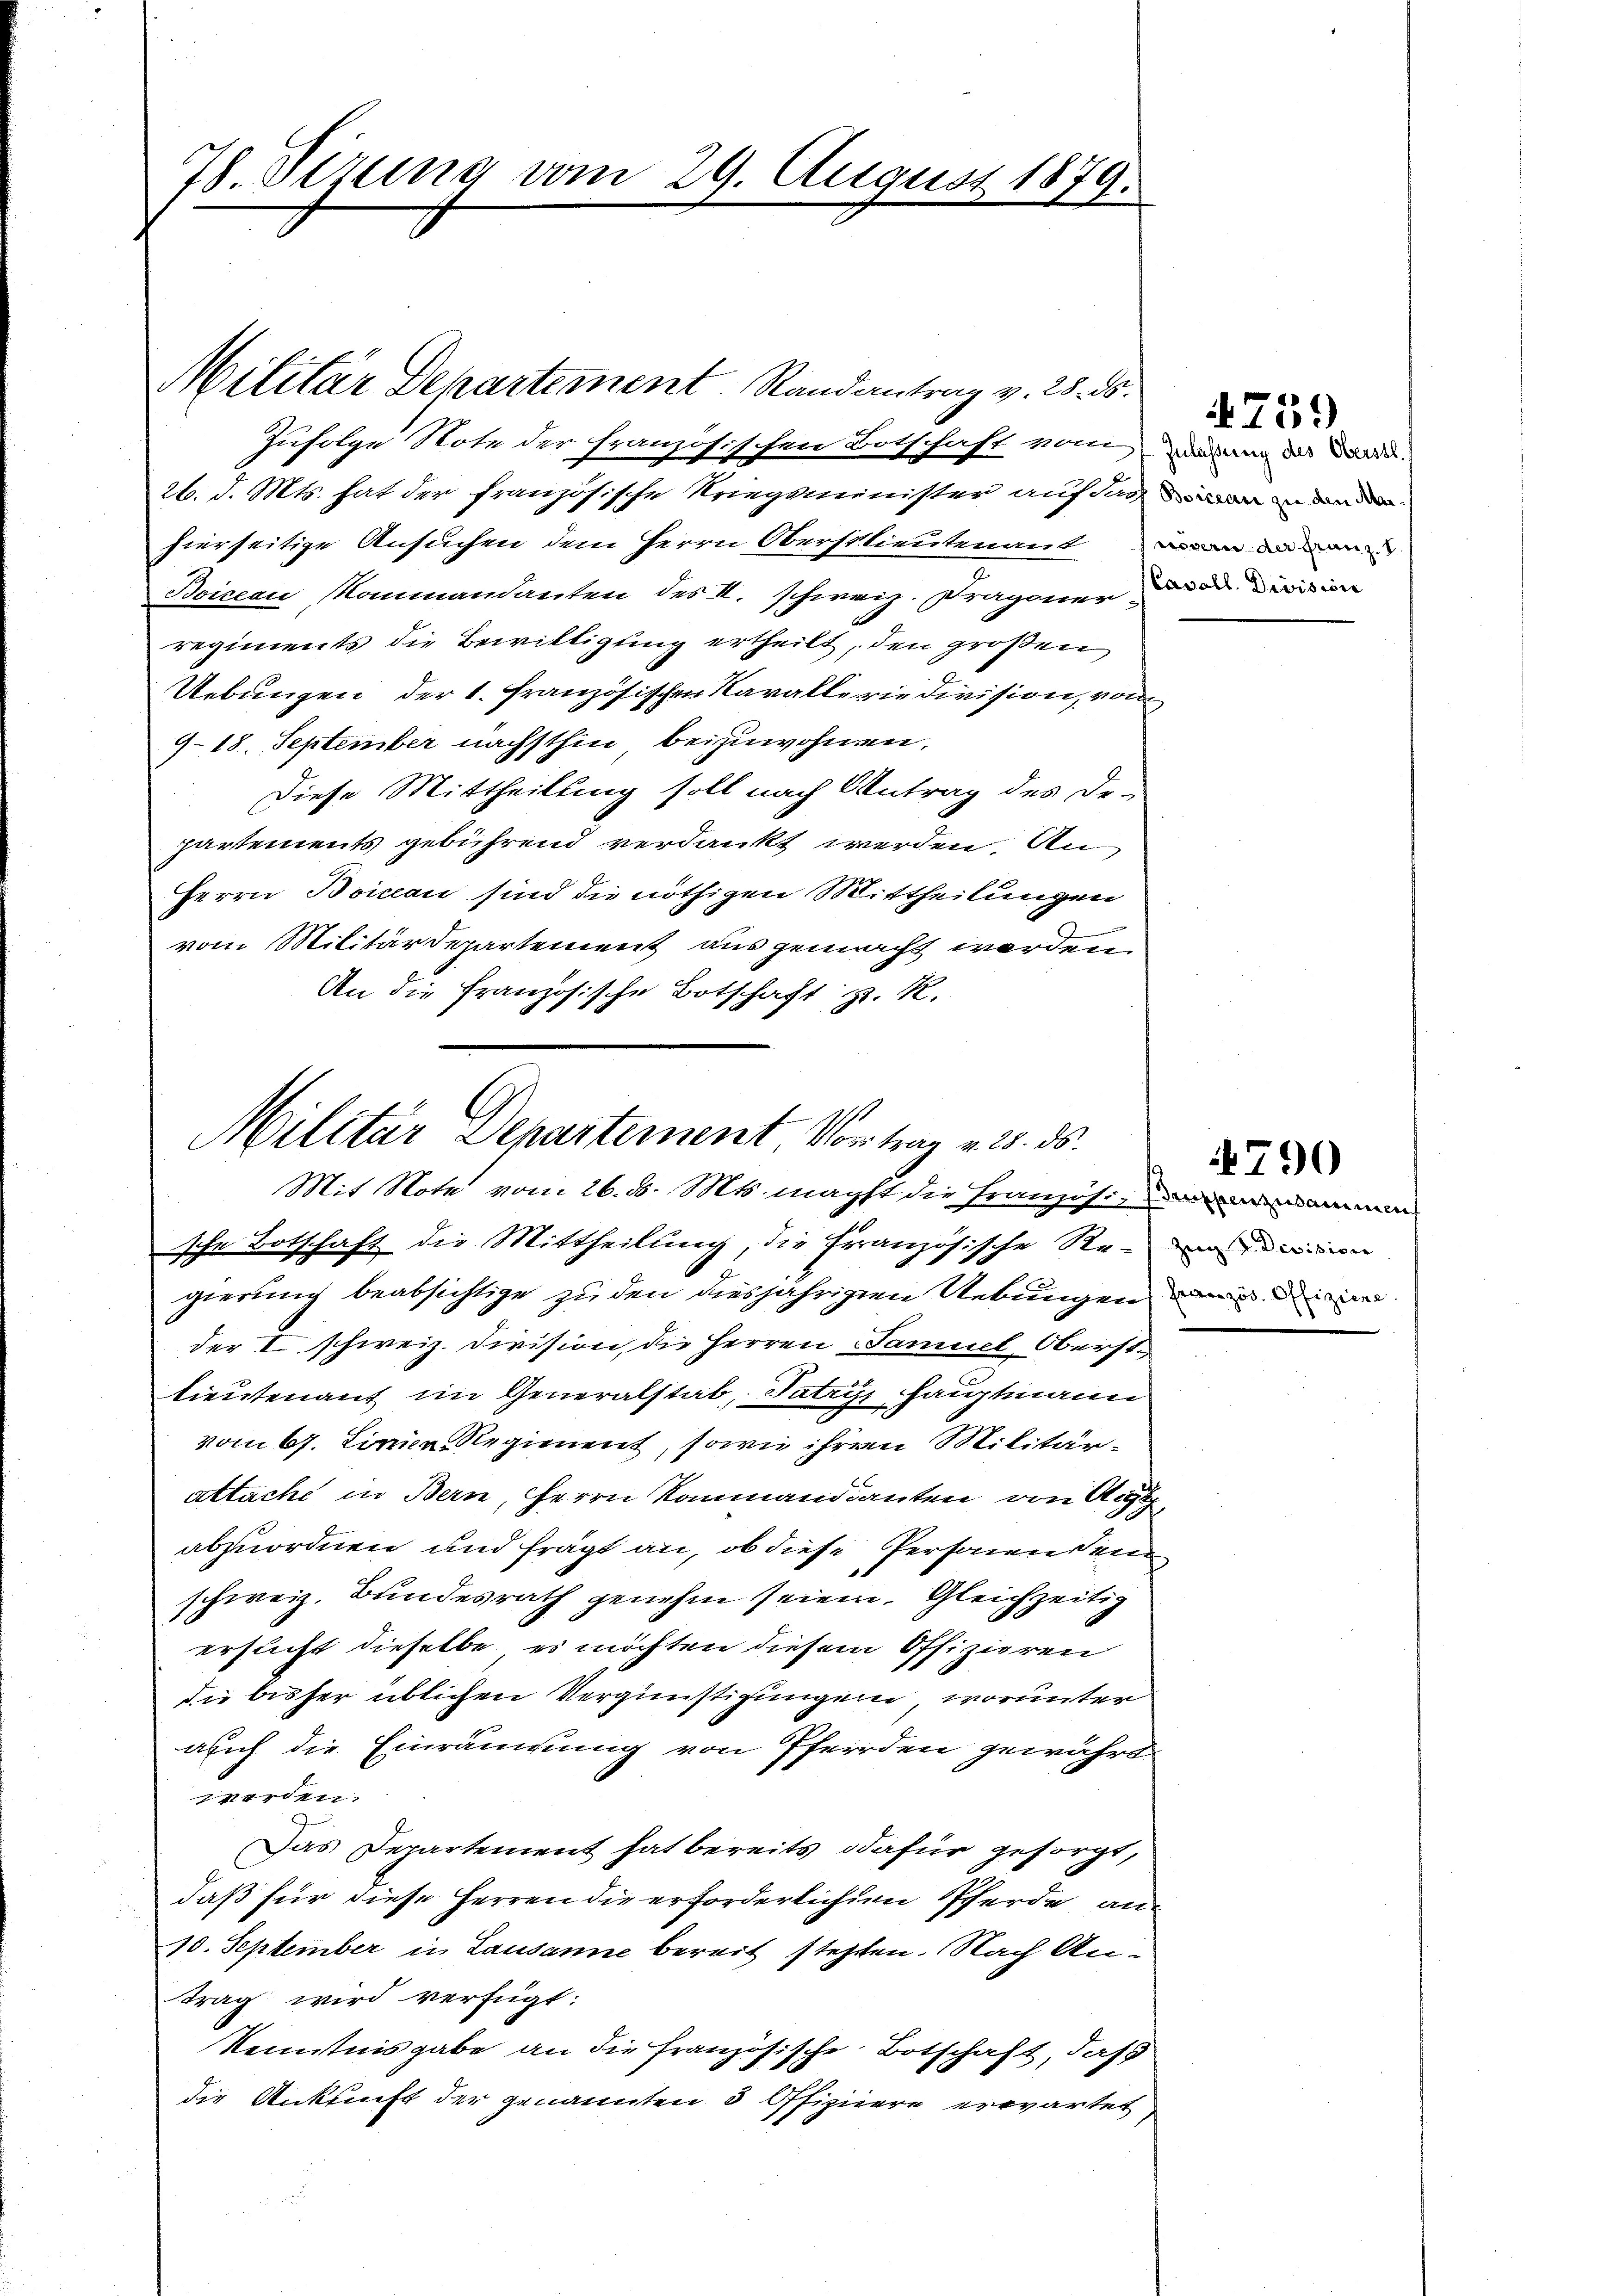
78. Sizung vom 29. Augus

Militar Departement. Randantrag v. 28. ds.
Zufolge Note der französischen Botschaft vom Verung des Band.
26. d. Mts. hat der französische Kriegsminister auf das in den
hierseitige Ansuchen dem Herrn Oberstlieutenant in dann
Boiseau Mammandanten des II. schweiz. Dragoner di
regiments die Bewilligung ertheilt, den großen
Uebungen der 1. Französischen Kavalleriedivision, von
918. September nächsthin beizuwohnen,
Diese Mittheilung soll nach Antrag des De-
partements gebührend verdankt werden. An
Herrn Boican sind die nöthigen Mittheilungen
vom Militärdepartement ausgemacht worden.
An die Französische Botschaft z. R.

sche Botschaft die Mittheilung, die Französische Regierung beabsichtige zu den diesjährigen Uebungen in die in
der I schweiz. Division, die Herren Samuel Obersttieutenant im Generalstab, Patris Hauptmann
vom 67. Linie Regiment, sowie ihrem Militärattache in Bern, Herrn Kanmandianten von Aig
abzuordnen und frägt an, ob diese Personenden
schweiz. Bundesrath genehm seien. Gleichzeitig
ersucht dieselbe es möchten diesem Offizieren
die bisher üblichen Vergünstigungen worunter
auch die Einräumung von Pferden gewährt
werden.
Das Departement hat bereits dafür gesorgt,
daß für diese Herren die erforderlichen Pferde an¬
10. September in Lausanne bereit stehten. Nach Antrag wird verfügt:
Kenntnisgabe an die französische Botschaft, daß
die Ankunft der genannten 3 Offiziere erwartet

19.

Militär Departement, Vortrag v. 2. ds.
Mit Note vom 26. d. Mts. macht die Französi-dammen

4759

4790